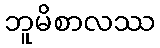
ဘူမိစာလဿ